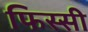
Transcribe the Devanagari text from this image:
फिस्सी